画像に写った文字を読んでください
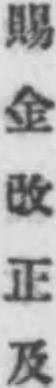
「賜金改正及」と書いてあります